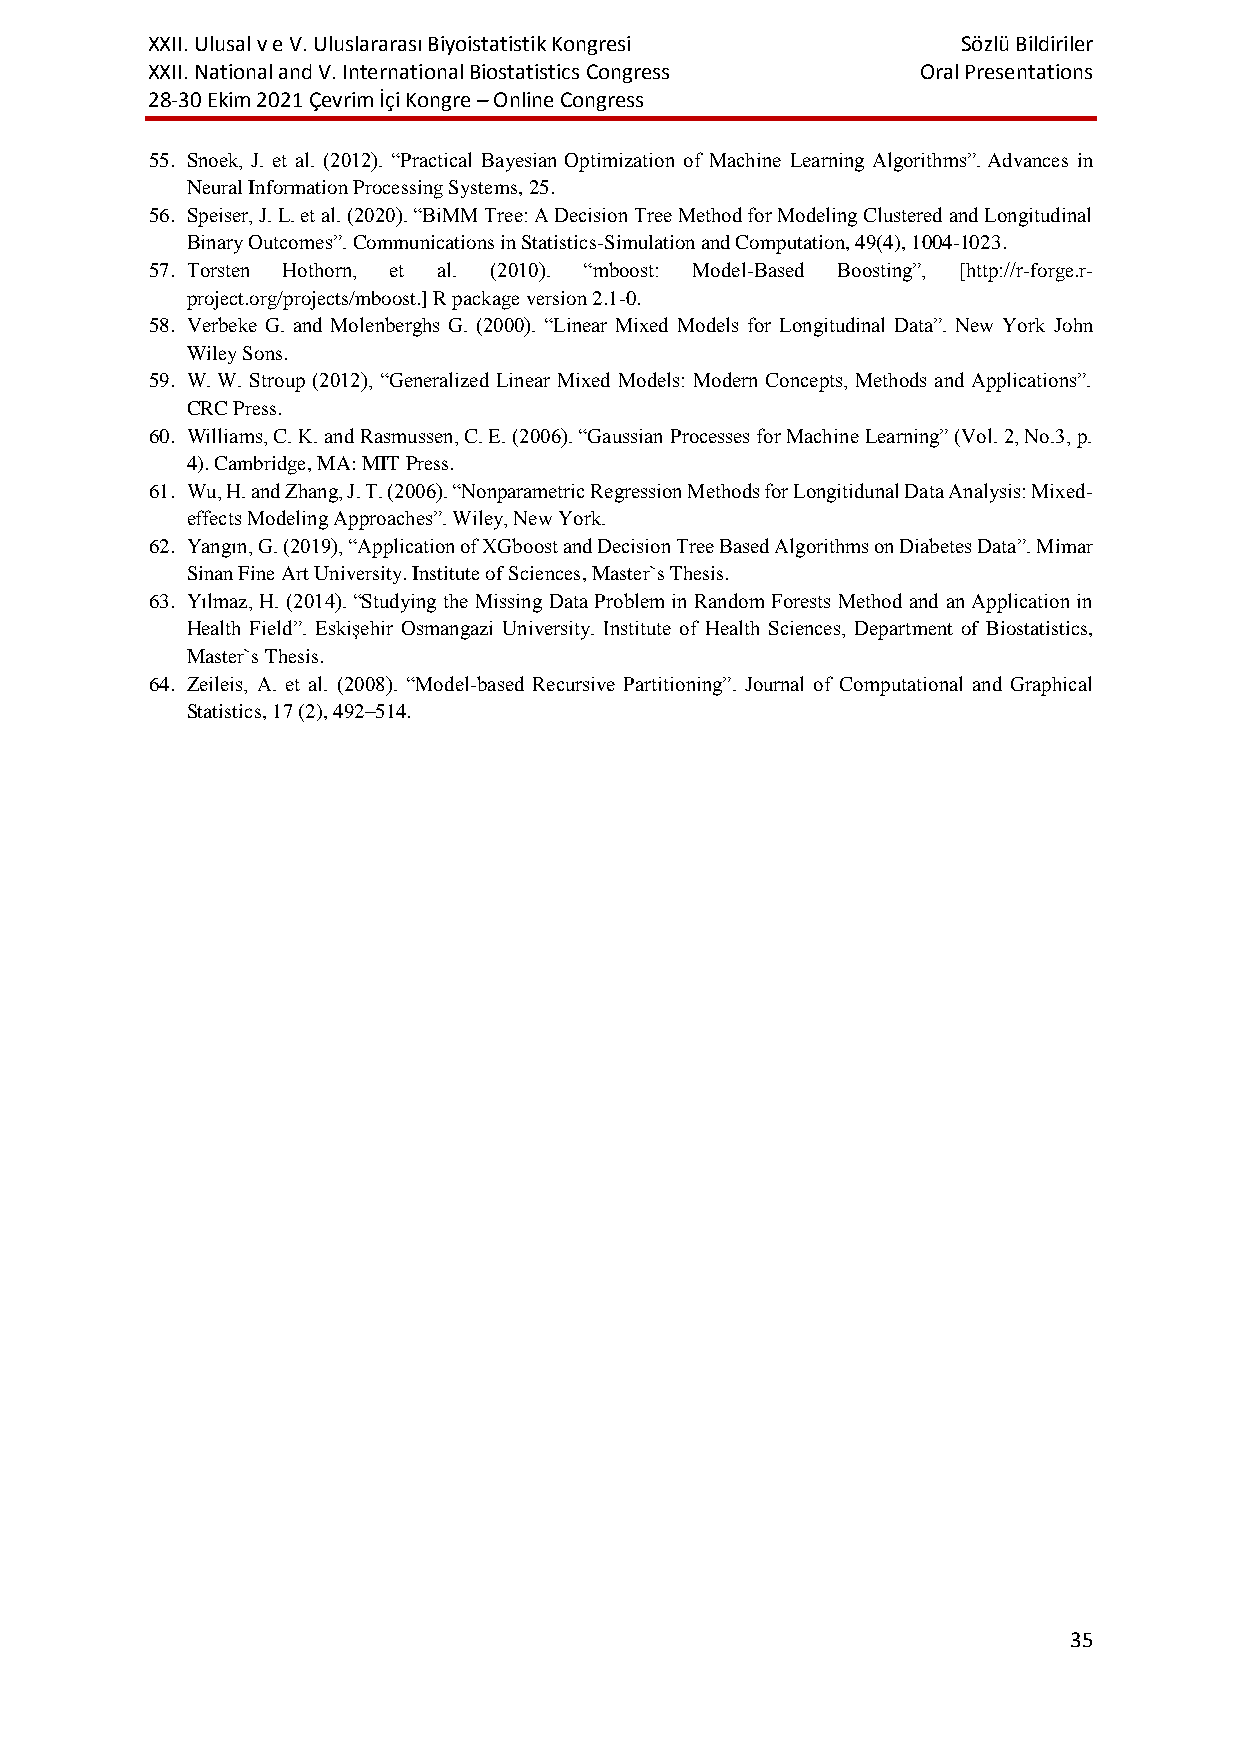
XXII. Ulusal v e V. Uluslararası Biyoistatistik Kongresi Sözlü Bildiriler
 XXII. National and V. International Biostatistics Congress Oral Presentations
 28-30 Ekim 2021 Çevrim İçi Kongre – Online Congress
 55. Snoek, J. et al. (2012). “Practical Bayesian Optimization of Machine Learning Algorithms”. Advances in
 Neural Information Processing Systems, 25.
 56. Speiser, J. L. et al. (2020). “BiMM Tree: A Decision Tree Method for Modeling Clustered and Longitudinal
 Binary Outcomes”. Communications in Statistics-Simulation and Computation, 49(4), 1004-1023.
 57. Torsten Hothorn, et al. (2010). “mboost: Model-Based Boosting”, [http://r-forge.r-
 project.org/projects/mboost.] R package version 2.1-0.
 58. Verbeke G. and Molenberghs G. (2000). “Linear Mixed Models for Longitudinal Data”. New York John
 Wiley Sons.
 59. W. W. Stroup (2012), “Generalized Linear Mixed Models: Modern Concepts, Methods and Applications”.
 CRC Press.
 60. Williams, C. K. and Rasmussen, C. E. (2006). “Gaussian Processes for Machine Learning” (Vol. 2, No.3, p.
 4). Cambridge, MA: MIT Press.
 61. Wu, H. and Zhang, J. T. (2006). “Nonparametric Regression Methods for Longitidunal Data Analysis: Mixed-
 effects Modeling Approaches”. Wiley, New York.
 62. Yangın, G. (2019), “Application of XGboost and Decision Tree Based Algorithms on Diabetes Data”. Mimar
 Sinan Fine Art University. Institute of Sciences, Master`s Thesis.
 63. Yılmaz, H. (2014). “Studying the Missing Data Problem in Random Forests Method and an Application in
 Health Field”. Eskişehir Osmangazi University. Institute of Health Sciences, Department of Biostatistics,
 Master`s Thesis.
 64. Zeileis, A. et al. (2008). “Model-based Recursive Partitioning”. Journal of Computational and Graphical
 Statistics, 17 (2), 492–514.
 35